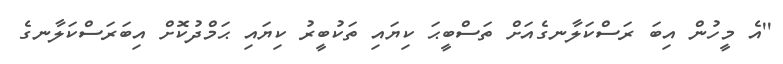
''އެ މީހުން އިބަ ރަސްކަލާނގެއަށް ތަސްބީޙަ ކިޔައި ތަކުބީރު ކިޔައި ޙަމްދުކޮށް އިބަރަސްކަލާނގެ